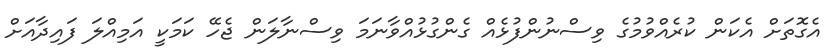
އެގޮތަށް އެކަން ކުރެއްވުމުގެ ވިސްނުންފުޅެއް ގެންގުޅުއްވާނަމަ ވިސްނާލަން ޖެހޭ ކަމަކީ އަމިއްލަ ފައިދާއަށް